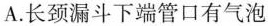
A.长颈漏斗下端管口有气泡